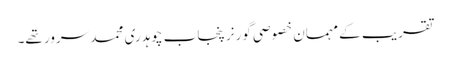
تقریب کے مہمان خصوصی گورنر پنجاب چوہدری محمد سرور تھے۔